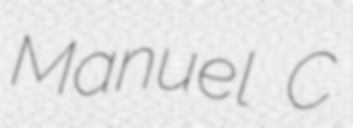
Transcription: Manuel C